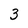
Character: 3